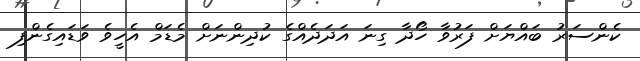
ކެންސަރު ބައްޔަށް ފަރުވާ ހޯދާ ގިނަ އަދަދެއްގެ ކުދިންނަށް މެޑަމް އެހީވެ ވަޑައިގެންފި